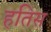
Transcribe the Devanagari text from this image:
हतिस